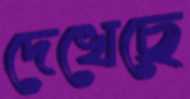
দেখেছে